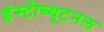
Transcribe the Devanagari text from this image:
इंस्टीच्यूटनल